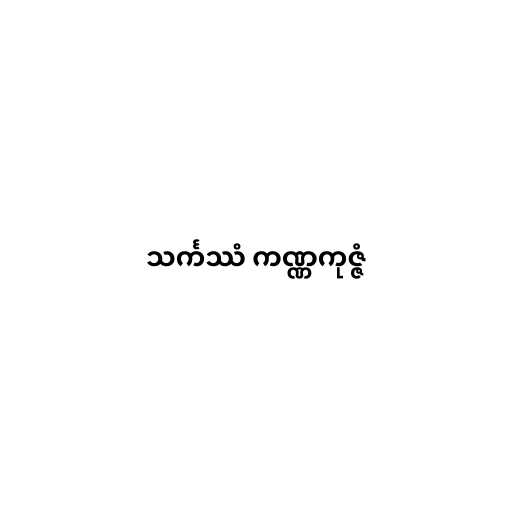
သင်္ကဿံ ကဏ္ဏကုဇ္ဇံ